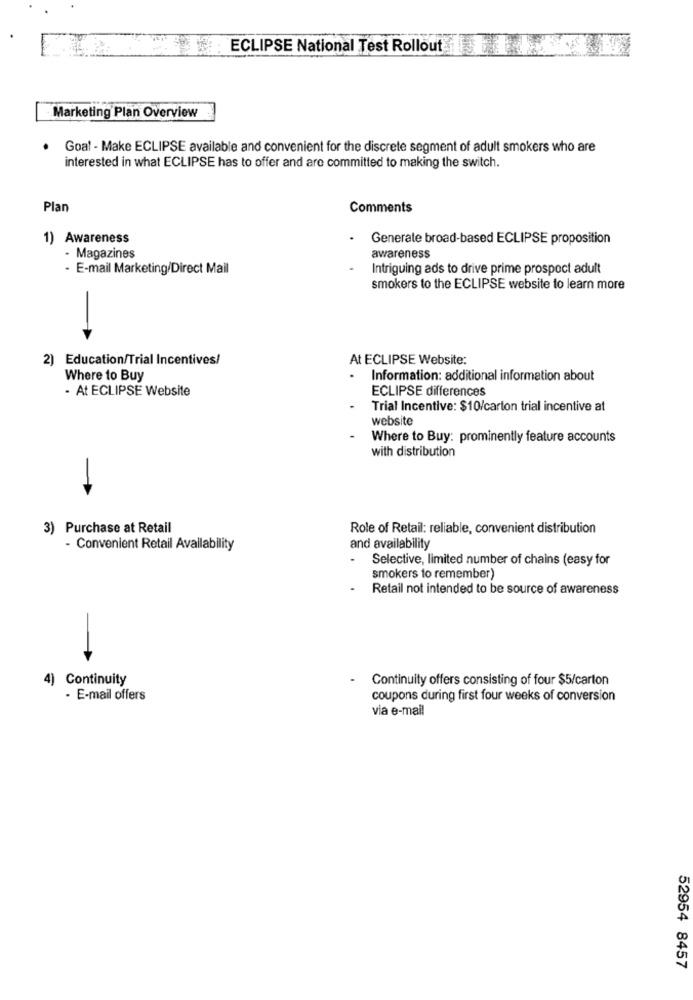
ECLIPSE National Test Rollout
Marketing Plan Overview
Goal - Make ECLIPSE available and convenient for the discrete segment of adult smokers who are
interested in what ECLIPSE has to offer and are committed to making the switch.
Plan
Comments
1) Awareness
Generate broad-based ECLIPSE proposition
- Magazines
awareness
- E-mail Marketing/Direct Mail
Intriguing ads to drive prime prospect adult
smokers to the ECLIPSE website to learn more
2) Education/Trial Incentives/
At ECLIPSE Website:
Where to Buy
Information: additional information about
· At ECLIPSE Website
ECLIPSE differences
Trial Incentive: $10/carton trial incentive at
website
Where to Buy: prominently feature accounts
with distribution
3) Purchase at Retail
Role of Retail: reliable, convenient distribution
- Convenient Retail Availability
and availability
Selective, limited number of chains (easy for
smokers to remember)
Retail not intended to be source of awareness
4) Continuity
Continuity offers consisting of four $5/carton
· E-mail offers
coupons during first four weeks of conversion
via e-mail
52954 8457